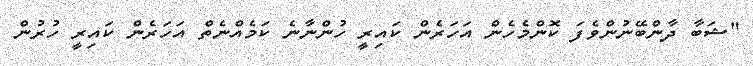
"ޝަބާ ދާންބޭނުންވެފަ ކޮންމެހެން އަހަރެން ކައިރީ ހުންނާނެ ކަމެއްނެތް އަހަރެން ކައިރީ ހުރުން